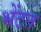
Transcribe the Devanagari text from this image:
भेंटत